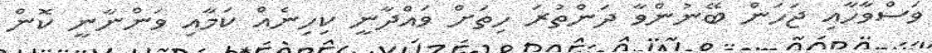
ވަސްވާހާއި ޖަހަން ބޭނުންވާ ދަންތުރަ ހިތަށް ވައްދާނީ ކިހިނެއް ކަމާއި ވަންނާނީ ކޮން